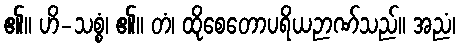
၏။ ဟိ-သစ္စံ၊ ၏။ တံ၊ ထိုစေတောပရိယဉာဏ်သည်။ အညံ၊